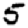
Digit: 5